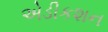
એડીકશન